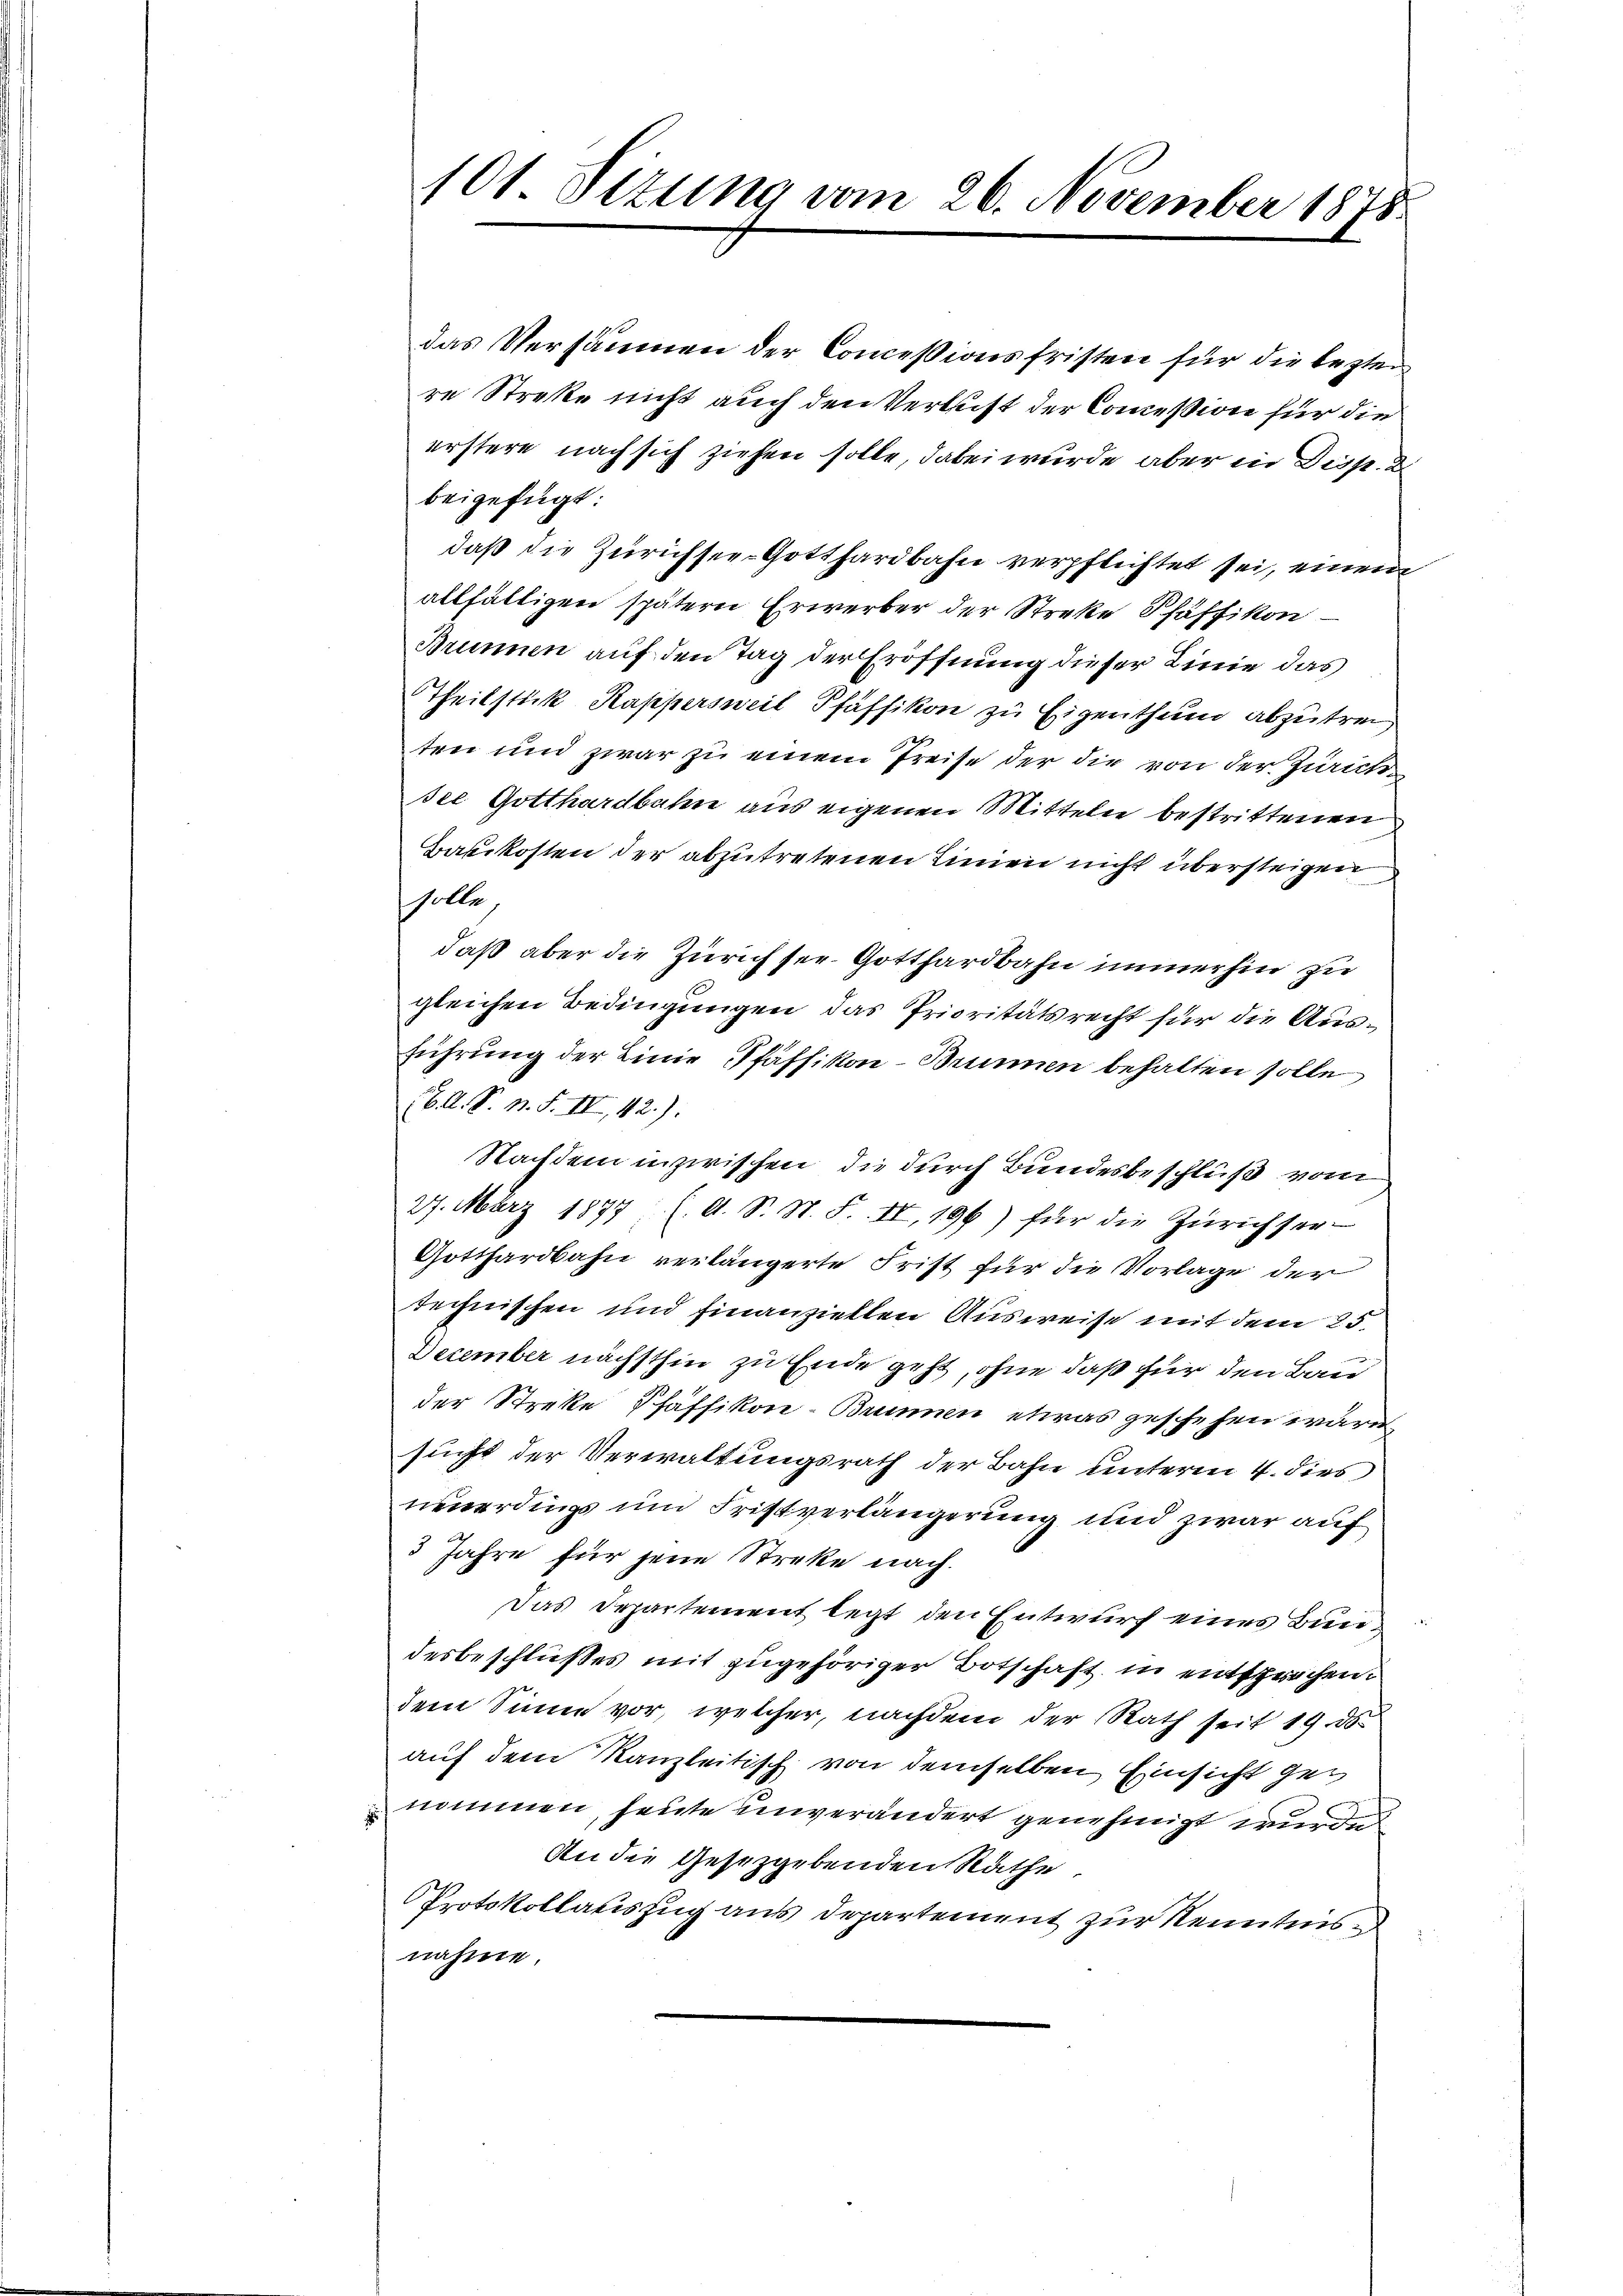
101. Sizung vom 26. November 1878.

das Versäumen der Concessionsfristen für die lezten
re Streke nicht auch den Verlust der Commission für die
erstere nach sich ziehen solle, dabei wurde aber in Disp. d
beigefügt:
daß die Zürichsee-Gotthardbahn verpflichtet sei, einem
allfälligen spätern Erwerber der Streke Pfäffikon
Brunnen auf den Tag der Eröffnung dieser Linie das
Theilstück Kappersweil Pfäffikon zu Eigenthum abzutrei
ten und zwar zu einem Preise der die von der Zürichdee Gotthardbahn aus eigenen Mitteln bestrittenen
Baukosten der abzutretenen Linien nicht übersteigen
solle,
daß aber die Zürich ser Gotthardbahn immerhin zu
gleichen Bedingungen das Prioritätsrecht für die Ausführung der Linie Pfäffikon - Brunnen behalten solle
(6. A. S. n. F. III, 42).
Nachdem inzwischen, die durch Bundesbeschluß vom
27. März 1877 ( (O. S. St. F. IV, 196) für die Zürichser¬
Gotthardbahn verlängerte Frist für die Vorlage der
technischen und finanziellen Ausweise mit dem 25.
December nächsthin zu Ende geht, ohne daß für den Bau
der Streke Pfäffikon - Brunnen etwas geschehen wäre
sucht der Verwaltungsrath der Bahn unterm 4. dies
neuerdings um Fristverlängerung und zwar auf
3 Jahre für jene Streke nach.
Das Departement legt den Entwurf eines Bundesbeschlußes mit zugehöriger Botschaft in entsprechen.
dem Sinne vor, welcher, nachdem der Rath seit 19. ds.
auf dem Kanzleitisch von demselben Einsicht genommen, heute unverändert genehmigt wurde
An die Gesetzgebenden Räthe
Protokollauszug aus Departement zur Kenntnis
nahme